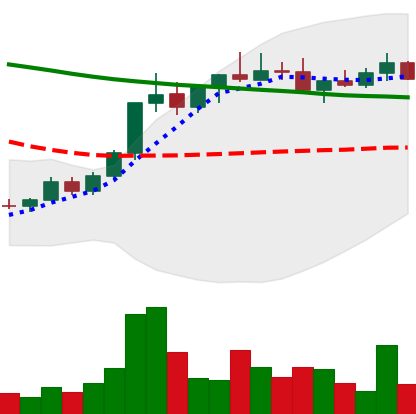
Ticker: ADA-USD
Chart end date: 2022-04-05
Forward return: -11.95%
Label: down_7plus